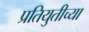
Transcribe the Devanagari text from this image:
प्रतियुतीच्या